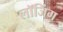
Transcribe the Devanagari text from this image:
लॉजिंग